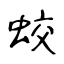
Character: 蛟